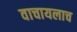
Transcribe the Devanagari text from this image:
वाचायलाच